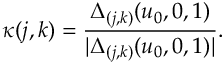
\kappa ( j , k ) = { \frac { \Delta _ { ( j , k ) } ( u _ { 0 } , 0 , 1 ) } { | \Delta _ { ( j , k ) } ( u _ { 0 } , 0 , 1 ) | } } .